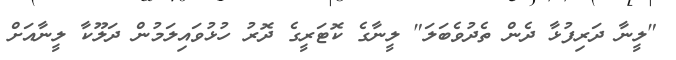
"ލީނާ ދަރިފުޅާ ދެން ތެދުވެބަލަ" ލީނާގެ ކޮޓަރީގެ ދޮރު ހުޅުވައިލަމުން ދަލޫކާ ލީނާއަށް